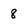
Character: 8